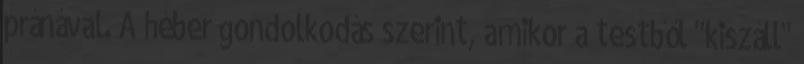
pránával. A héber gondolkodás szerint, amikor a testből "kiszáll"